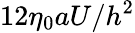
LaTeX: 12\eta_{0}aU/h^{2}